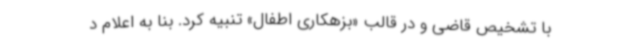
با تشخیص قاضی و در قالب «بزهکاری اطفال» تنبیه کرد. بنا به اعلام د